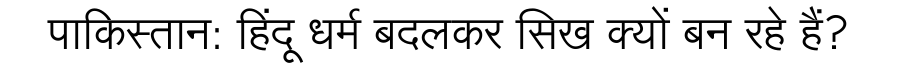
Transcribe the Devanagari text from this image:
पाकिस्तान: हिंदू धर्म बदलकर सिख क्यों बन रहे हैं?